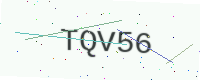
Text: TQV56